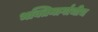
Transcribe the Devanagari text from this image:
भक्तिमार्गाचीच